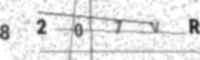
Text: 8207VRB